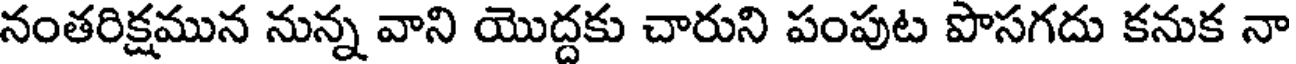
నంతరిక్షమున నున్న వాని యొద్దకు చారుని పంపుట పొసగదు కనుక నా